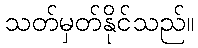
သတ်မှတ်နိုင်သည်။